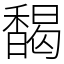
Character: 馤